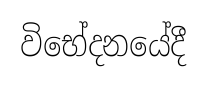
විභේදනයේදී